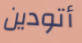
أتودين